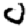
Digit: 0